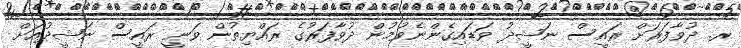
ރ. ދުވާފަރަށް ރައީސް ނަޝީދު ވަޑައިގެންނެވުމުން ދުވާފަރުގެ ރައްޔިތުން ވަނީ ރައީސް ނަޝީދުއަށް